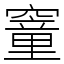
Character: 䆹